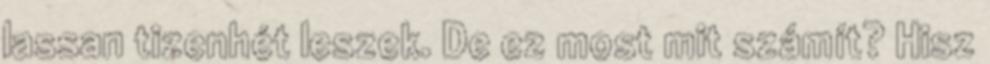
lassan tizenhét leszek. De ez most mit számít? Hisz